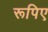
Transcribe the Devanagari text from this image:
रूपिए